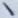
Text: 1